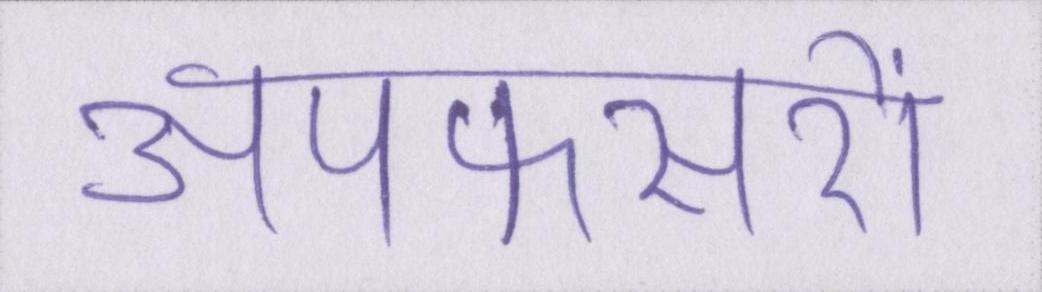
अपफसरों